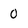
Character: 0